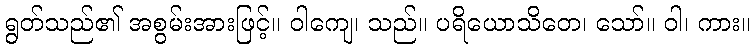
ရွတ်သည်၏ အစွမ်းအားဖြင့်။ ဝါကျေ၊ သည်။ ပရိယောသိတေ၊ သော်။ ဝါ၊ ကား။